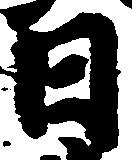
日